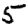
Digit: 5